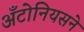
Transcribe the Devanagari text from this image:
अँटोनियसने